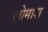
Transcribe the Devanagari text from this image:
लोमाश